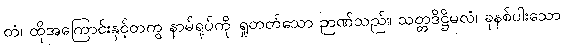
တံ၊ ထိုအကြောင်းနှင့်တကွ နာမ်ရုပ်ကို ရှုတတ်သော ဉာဏ်သည်။ သတ္တဒိဋ္ဌိမလံ၊ ခုနစ်ပါးသော